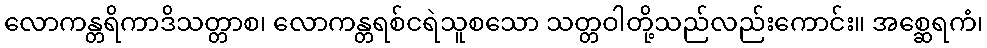
လောကန္တရိကာဒိသတ္တာစ၊ လောကန္တရစ်ငရဲသူစသော သတ္တဝါတို့သည်လည်းကောင်း။ အစ္ဆေရကံ၊